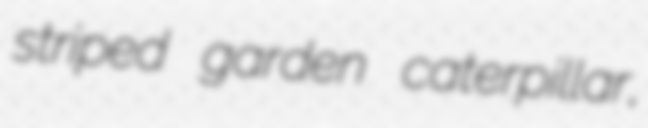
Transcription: striped garden caterpillar,